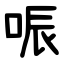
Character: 㖘